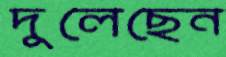
দুলেছেন